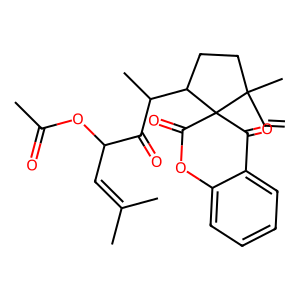
SMILES: C=CC1(C)CCC(C(C)C(=O)C(C=C(C)C)OC(C)=O)C12C(=O)Oc1ccccc1C2=O
Inhibits HIV replication: No